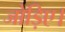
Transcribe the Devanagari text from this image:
जोड़िए।